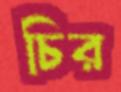
চির